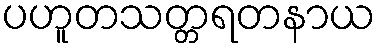
ပဟူတသတ္တရတနာယ